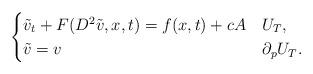
LaTeX: \begin{align*}\begin{cases}\tilde{v}_{t}+F(D^{2}\tilde{v}, x, t)=f(x,t)+cA & U_{T},\\\tilde{v}=v & \partial_{p}U_{T}.\end{cases}\end{align*}